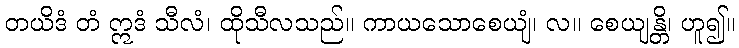
တယိဒံ တံ ဣဒံ သီလံ၊ ထိုသီလသည်။ ကာယသောစေယျံ၊ လ။ စေယျန္တိ၊ ဟူ၍။